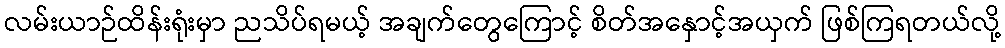
လမ်းယာဉ်ထိန်းရုံးမှာ ညသိပ်ရမယ့် အချက်တွေကြောင့် စိတ်အနှောင့်အယှက် ဖြစ်ကြရတယ်လို့